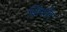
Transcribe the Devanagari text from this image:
शिशीर